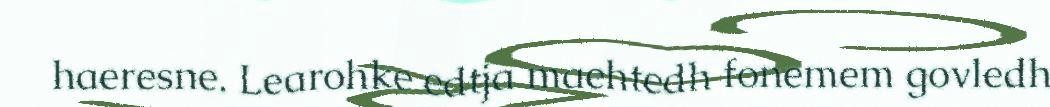
haeresne. Learohke edtja maehtedh fonemem govledh